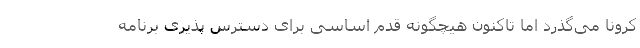
کرونا می‌گذرد اما تاکنون هیچگونه قدم اساسی برای دسترس پذیری برنامه